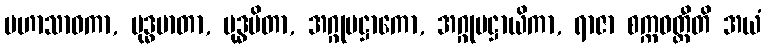
မဟာသာဝကာ, ဗုဒ္ဓမာတာ, ဗုဒ္ဓပိတာ, အဂ္ဂုပဋ္ဌာကော, အဂ္ဂုပဋ္ဌာယိကာ, ရာဇာ စက္ကဝတ္တီတိ အယံ